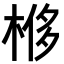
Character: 𣔢